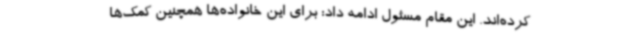
کرده‌اند. این مقام مسئول ادامه داد: برای این خانواده‌ها همچنین کمک‌ها